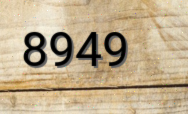
8949